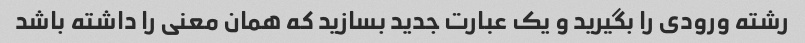
رشته ورودی را بگیرید و یک عبارت جدید بسازید که همان معنی را داشته باشد